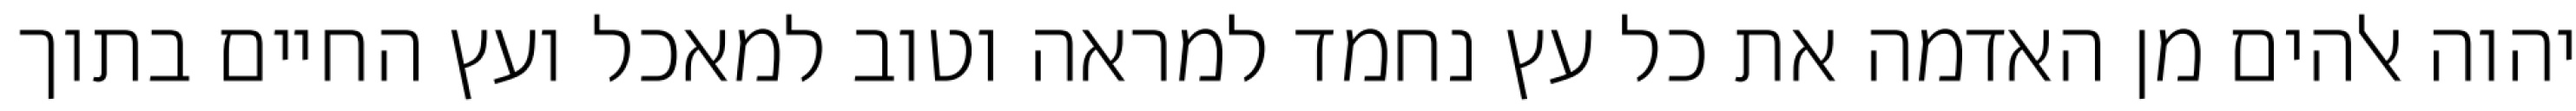
יהוה אלהים מן האדמה את כל עץ נחמד למראה וטוב למאכל ועץ החיים בתוך